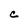
Character: C